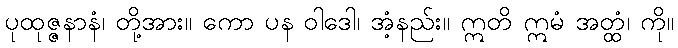
ပုထုဇ္ဇနာနံ၊ တို့အား။ ကော ပန ဝါဒေါ၊ အံ့နည်း။ ဣတိ ဣမံ အတ္ထံ၊ ကို။